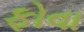
ફોવા